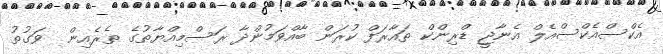
އެކްސްއެކްސްއެލް އެނާޖީ ޑްރިންކް ތައާރަފް ކުރަން ބާއްވަމުންދާ ރަސްމިއްޔާތުގެ ތެރެއިން  ވަގުތު